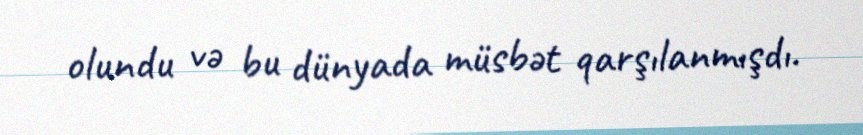
olundu və bu dünyada müsbət qarşılanmışdı.